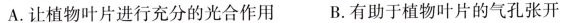
A.让植物叶片进行充分的光合作用 B.有助于植物叶片的气孔张开